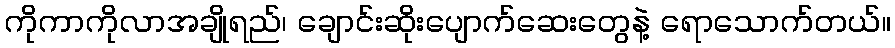
ကိုကာကိုလာအချိုရည်၊ ချောင်းဆိုးပျောက်ဆေးတွေနဲ့ ရောသောက်တယ်။